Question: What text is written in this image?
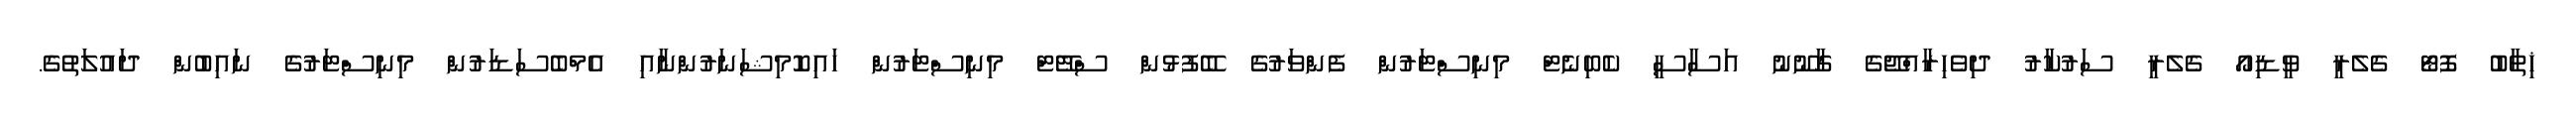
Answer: ޚިތާބު ފޮޓޯ ގެލެރީ ވީޑިއޯ ގެލެރީ ސަރުކާރު ދިވެހިރާއްޖޭގެ ގާނޫނު އަސާސީ ކެބިނެޓް މިނިސްޓަރުން ފެންވަރުގެ ބޭފުޅުން ސްޓޭޓް މިނިސްޓަރުން ހައިކޮމިޝަނަރުންނާއި އެމްބެސަޑަރުން މިނިސްޓަރުގެ ނައިބުން ދައުލަތުގެ.